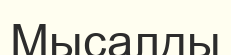
Мысалды